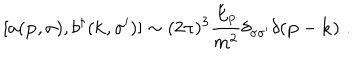
[ a ( { \bf p } , \sigma ) , b ^ { \dagger } ( { \bf k } , \sigma ^ { \prime } ) ] \sim ( 2 \pi ) ^ { 3 } { \frac { E _ { p } } { m ^ { 2 } } } \delta _ { \sigma \sigma ^ { \prime } } \delta ( { \bf p } - { \bf k } ) \, \, .